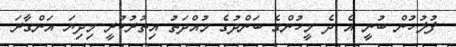
ފުލުހުން ބުނީ އެ ދެ މީހުންގެ ބަންދުގެ މުއްދަތު އިތުރުކުރީ މިދިޔަ އަންގާރަ